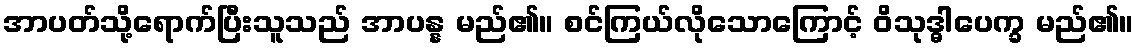
အာပတ်သို့ရောက်ပြီးသူသည် အာပန္န မည်၏။ စင်ကြယ်လိုသောကြောင့် ဝိသုဒ္ဓါပေက္ခ မည်၏။